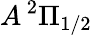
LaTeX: A\, ^{2}\Pi_{1/2}